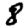
Digit: 8